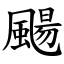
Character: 颺